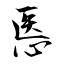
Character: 悘